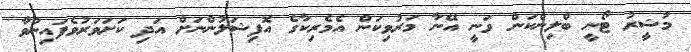
މުޝީރު ޓޯނީ ބްލިންކަން ވަނީ އޭނާ މަރުވިކަން އެމެރިކާގެ އޮފިޝަލުންނަށް އަދި ކަށަވަރުވެފައިނުވާ